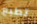
تطبع